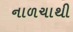
નાળચાથી